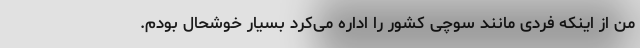
من از اینکه فردی مانند سوچی کشور را اداره می‌کرد بسیار خوشحال بودم.